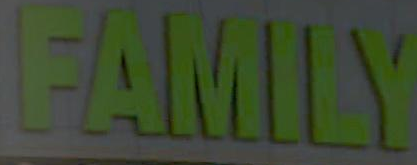
FAMILY